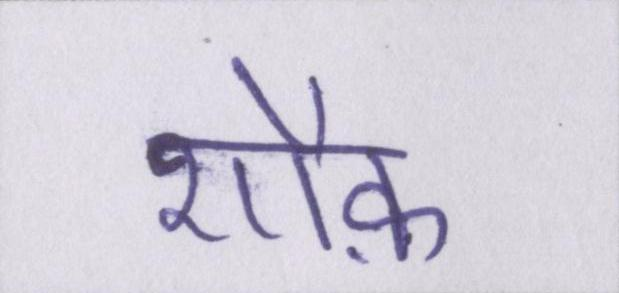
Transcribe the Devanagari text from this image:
शौक़